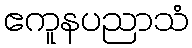
ဧကူနပညာသံ